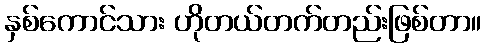
နှစ်ကောင်သား ဟိုတယ်တက်တည်းဖြစ်တာ။